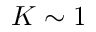
K \sim 1